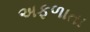
અફળાતા